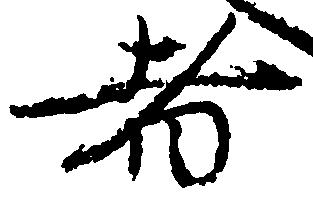
者